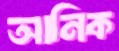
আনিক